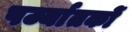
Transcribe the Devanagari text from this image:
पर्ज्यातकों